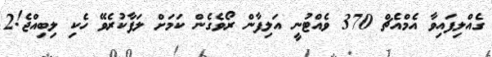
ގެއްލިފައިވާ އެމްއެޗް 370 ވެއްޓުނީ އަލިފާން ރޯވެގެން ކަމަށް ލަފާކުރެވޭ ހެކި ލިބިއްޖެ!2